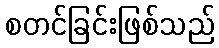
စတင်ခြင်းဖြစ်သည်